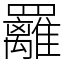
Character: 䍦